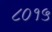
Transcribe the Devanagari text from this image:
८०१५